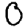
Digit: 0